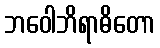
ဘဝေါဘိရာဓိတော